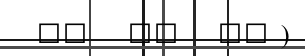
٢٧   ٢٨   ٢٩ )